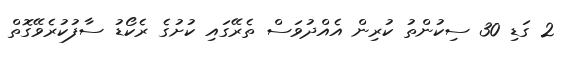
2 ގަޑި 30 ސިކުންތު ކުރިން އެއްދުވަސް ތެރޭގައި ކުށުގެ ރެކޯޑު ސާފުކުރެވޭގޮތް